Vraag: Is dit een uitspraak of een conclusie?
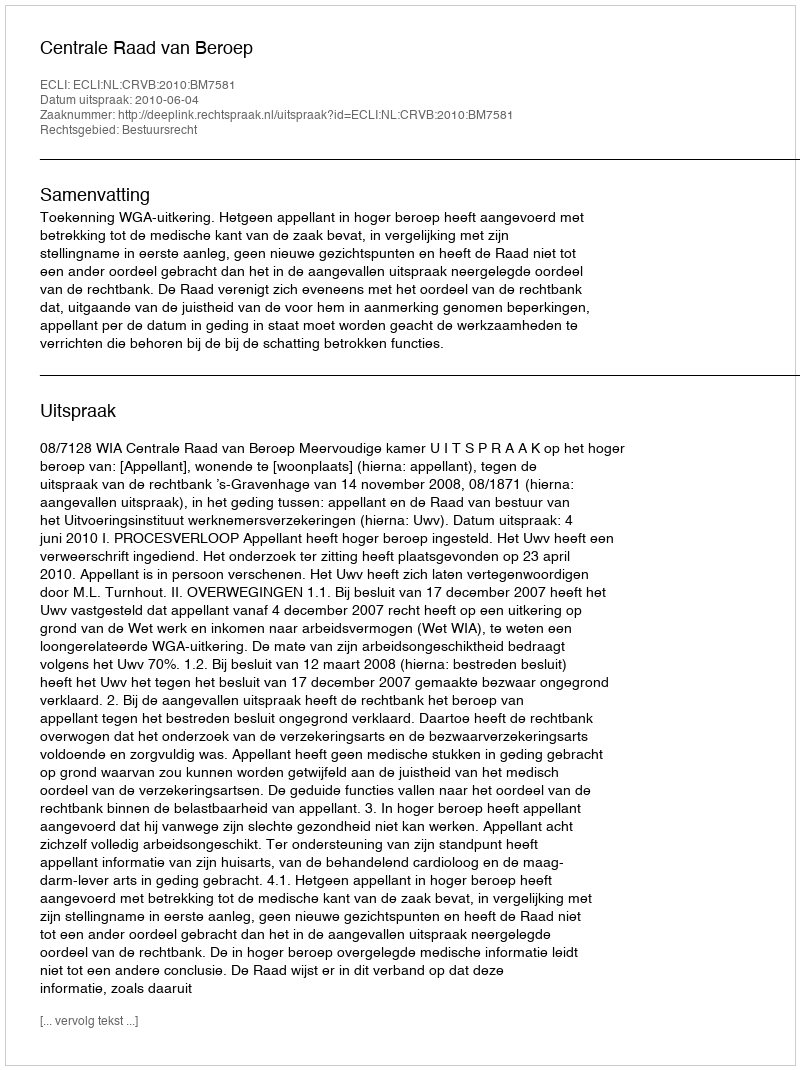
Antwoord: Uitspraak